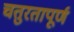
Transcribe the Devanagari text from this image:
चतुरतापूर्ण